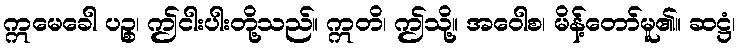
ဣမေခေါ ပဉ္စ၊ ဤငါးပါးတို့သည်။ ဣတိ၊ ဤသို့။ အဝေါစ၊ မိန့်တော်မူ၏။ ဆဋ္ဌံ၊